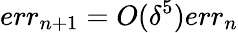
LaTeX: err_{n+1}=O(\delta^{5})err_{n}